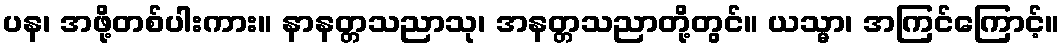
ပန၊ အဖို့တစ်ပါးကား။ နာနတ္တသညာသု၊ အနတ္တသညာတို့တွင်။ ယသ္မာ၊ အကြင်ကြောင့်။